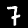
Label: 7